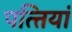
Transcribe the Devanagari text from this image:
पत्‍तियां